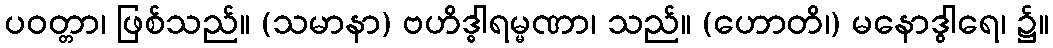
ပဝတ္တာ၊ ဖြစ်သည်။ (သမာနာ) ဗဟိဒ္ဓါရမ္မဏာ၊ သည်။ (ဟောတိ၊) မနောဒွါရေ၊ ၌။